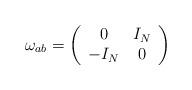
LaTeX: \begin{align*}\omega_{ab} = \left ( \begin{array}{cc} 0 & I_N \\-I_N & 0 \end{array} \right )\end{align*}